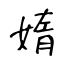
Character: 媠